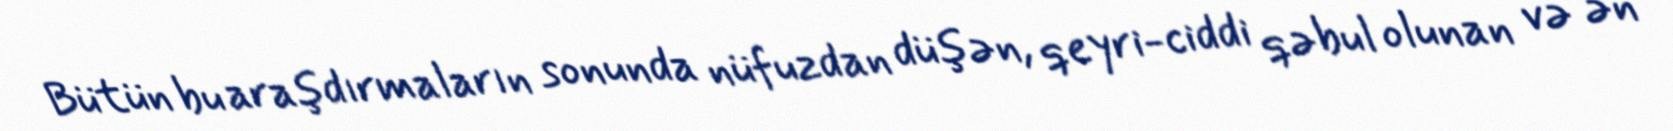
Bütün bu araşdırmaların sonunda nüfuzdan düşən, qeyri-ciddi qəbul olunan və ən